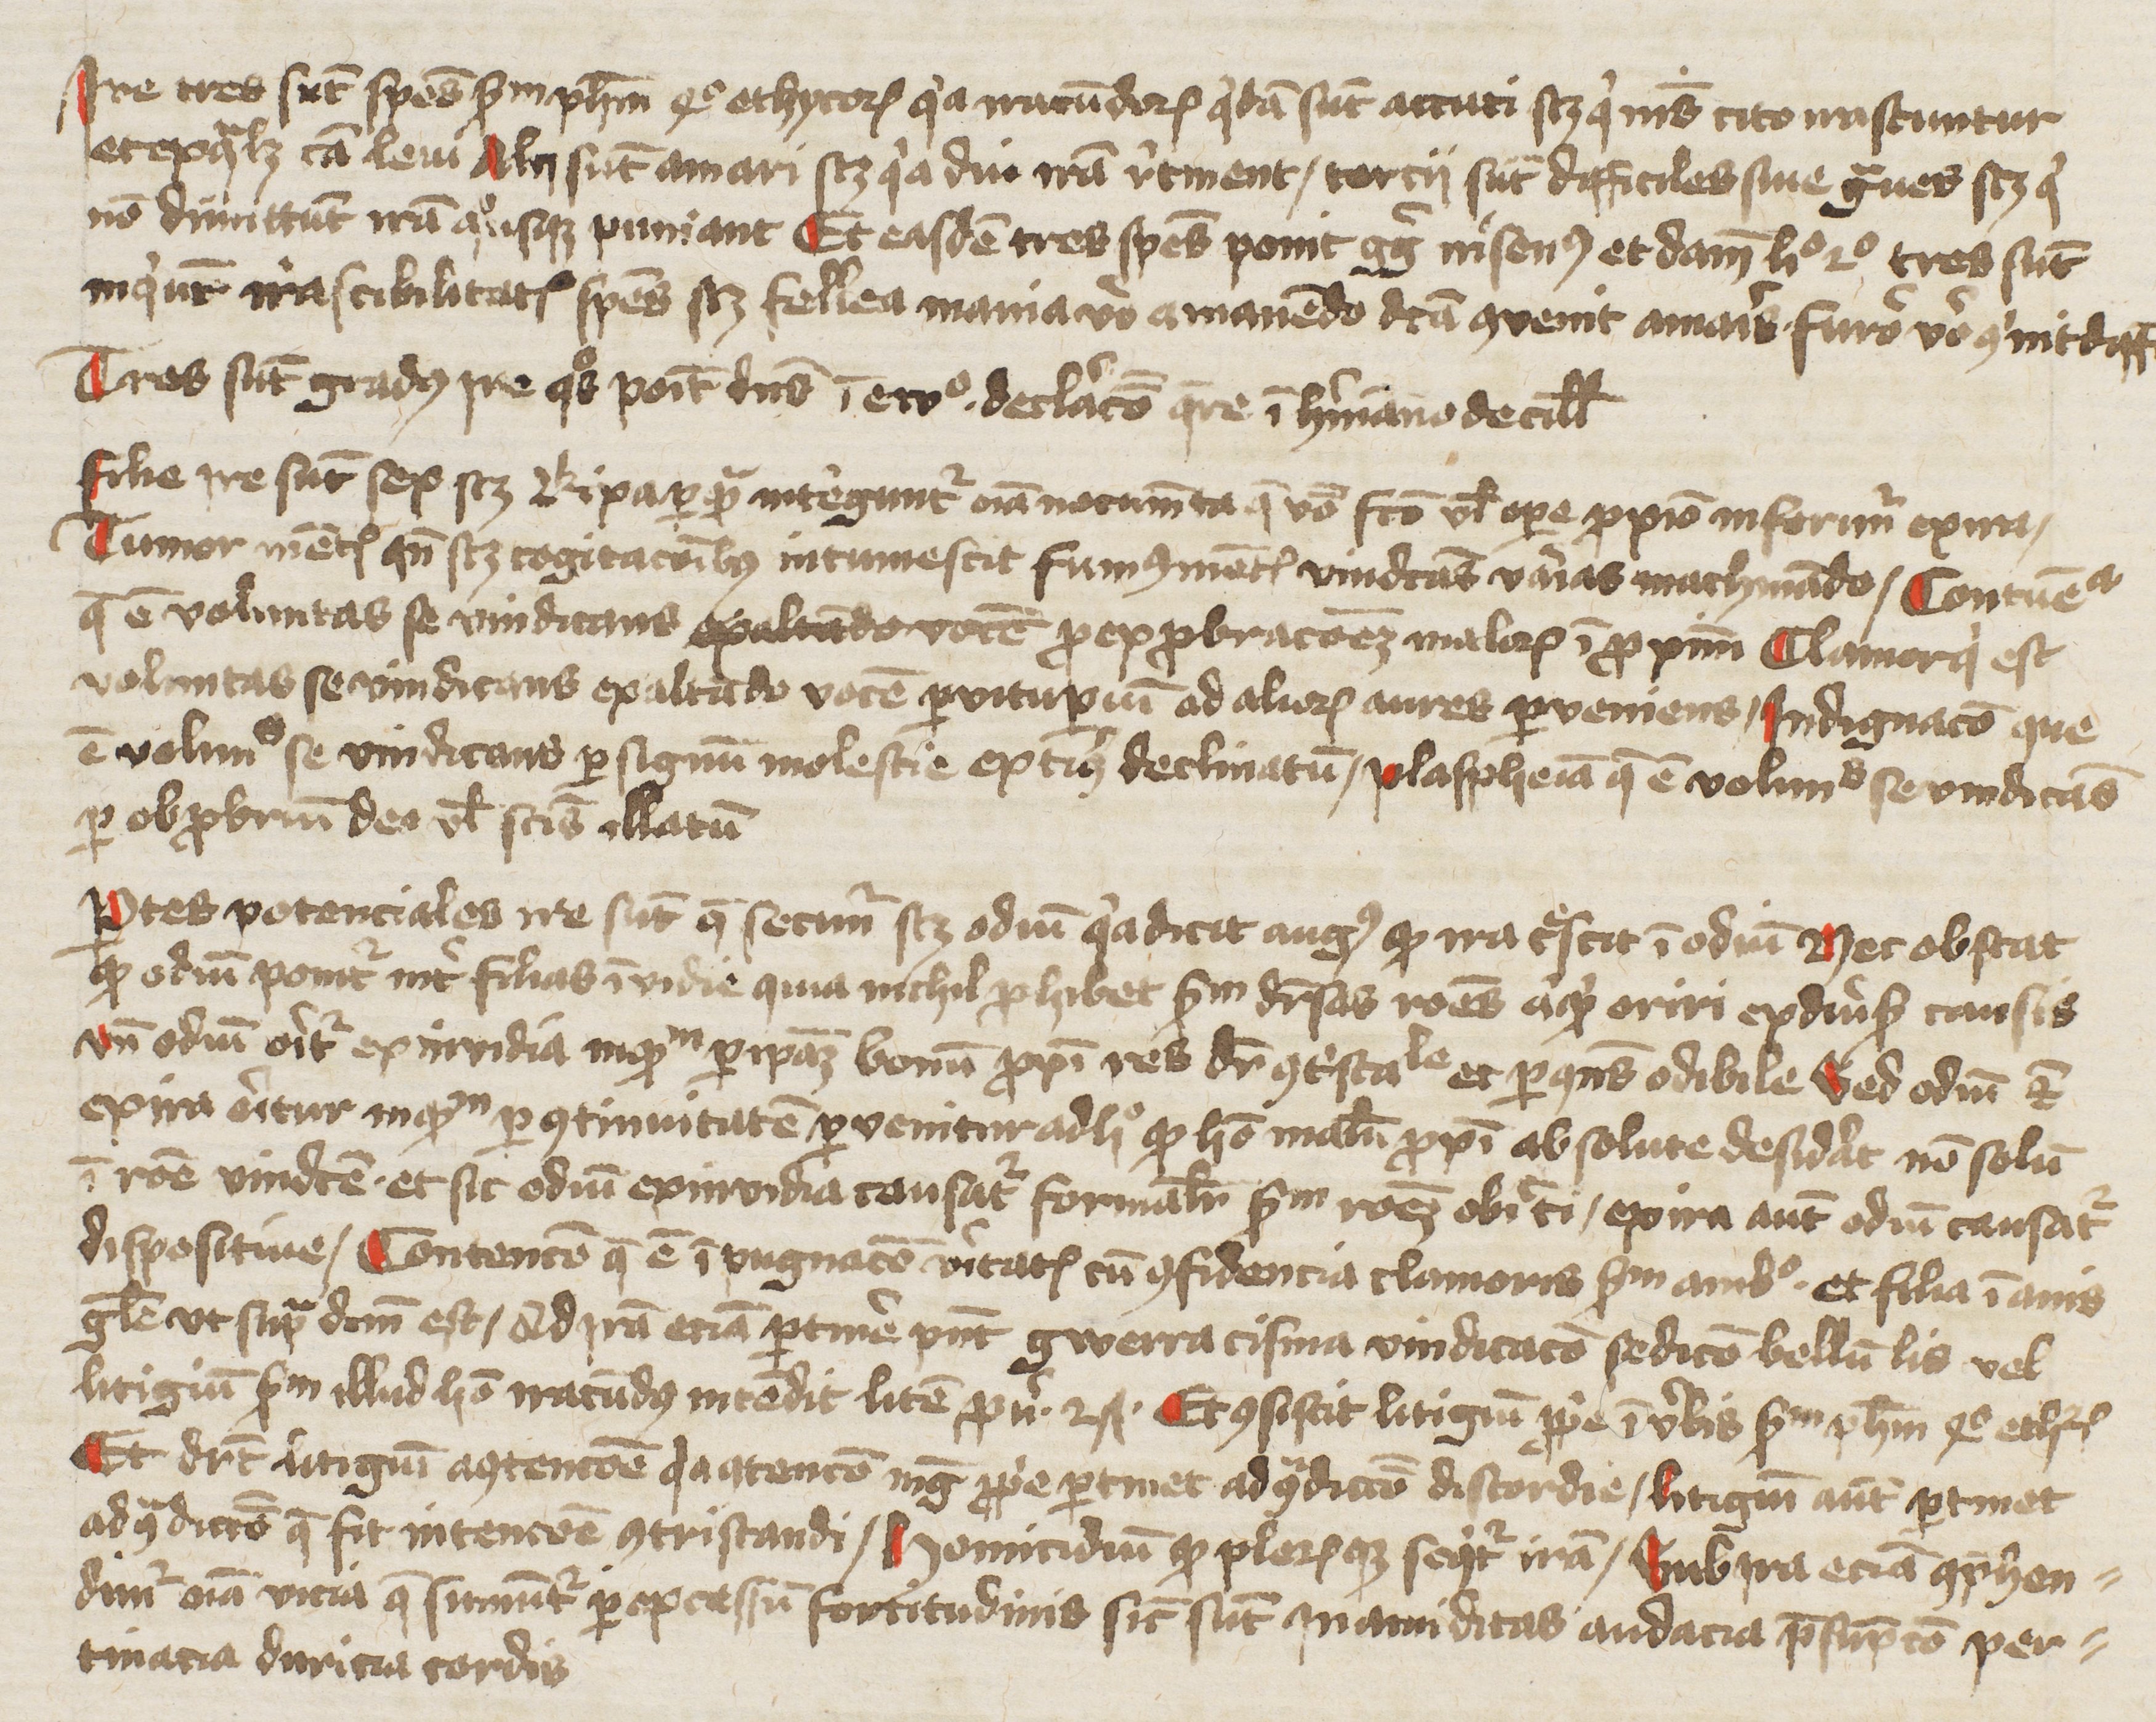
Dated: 1400–1449